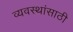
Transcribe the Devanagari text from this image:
व्यवस्थांसाठी